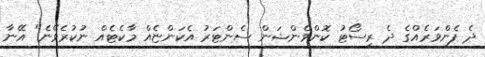
ދެ ފެންވަރެއްގެ ދެ ރިސޯޓު ކޮންވެންޝަން ސެންޓަރު އެކަންޏެއް މާކެޓެއް ނުކުރެވޭނެ" އޭނާ